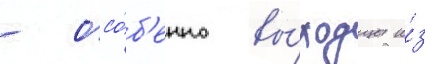
- осо́б'енно вы́ходцы и́з